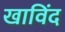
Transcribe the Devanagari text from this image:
खाविंद